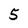
Character: 5